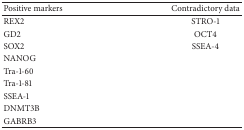
| Positive markers | Contradictory data |
 | --- | --- |
 | REX2 | STRO-1 |
 | GD2 | OCT4 |
 | SOX2 | SSEA-4 |
 | NANOG |  |
 | Tra-1-60 |  |
 | Tra-1-81 |  |
 | SSEA-1 |  |
 | DNMT3B |  |
 | GABRB3 |  |